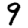
Digit: 9